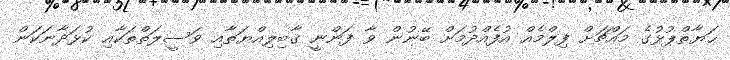
ޙަޔާތްޕުޅުގެ މައްޗަށް ފިލްމެއް އުފެއްދުމަށް ބޭނުން ވާ ފަންނީ ޤާބިލިއްޔަތާއި ވަސީލަތްތަކާއި ކުޅަދާނަކަން